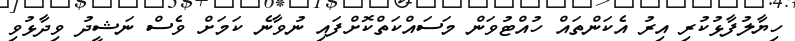
ހިޔާލުފާޅުކުރި އިރު އެކަންތައް ހުއްޓުވަން މަސައްކަތްކޮށްފައި ނުވާނެ ކަމަށް ވެސް ނަޝީދު ވިދާޅުވި